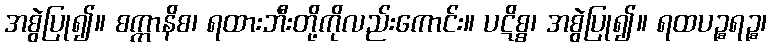
အစွဲပြု၍။ စက္ကာနိစ၊ ရထားဘီးတို့ကိုလည်းကောင်း။ ပဋိစ္စ၊ အစွဲပြု၍။ ရထပဉ္စရဉ္စ၊